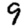
Digit: 9